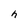
Character: h